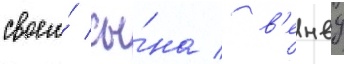
своего́ сы́на / в'енву